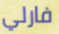
فارلي